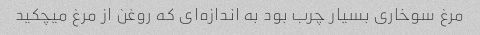
مرغ سوخاری بسیار چرب بود به اندازه‌ای که روغن از مرغ میچکید